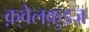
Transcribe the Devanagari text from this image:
क़्वेलक़ुइज़